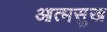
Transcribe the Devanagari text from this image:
आत्मसुख